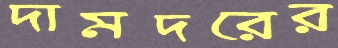
দামদরের